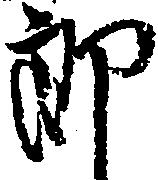
郎